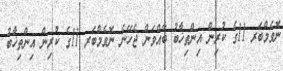
ނޮވެމްބަރ 11ގެ ކުރިން އިންތިޚާބު ބާއްވަން ޖެހޭނެ ނޮވެމްބަރ 11ގެ ކުރިން އިންތިޚާބު